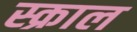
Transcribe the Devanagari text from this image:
स्क्राल